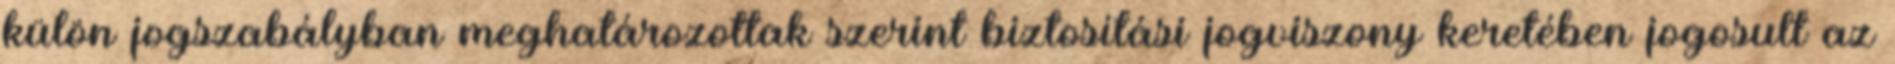
külön jogszabályban meghatározottak szerint biztosítási jogviszony keretében jogosult az